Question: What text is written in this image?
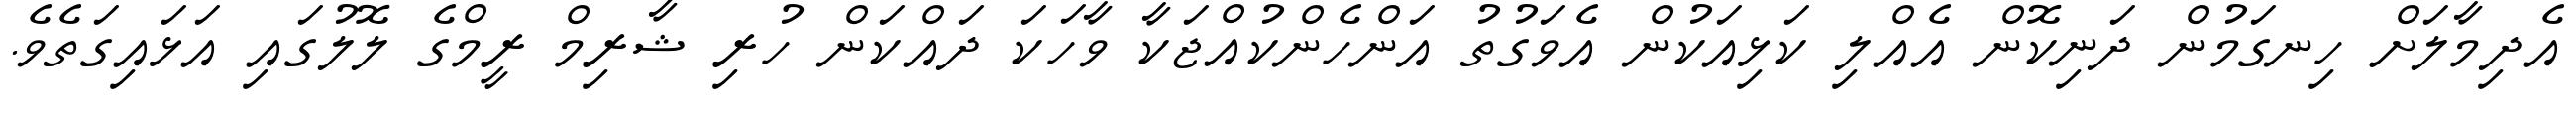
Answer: އެދިމާލަށް ހިނގަމުން ދަނިކޮން އެއްލި ކަޅިއަކުން އެވަގުތު އަންހެންކުއްޖަކާ ވާހަކަ ދައްކަން ހުރި ޝާރިމް ރީމްގެ ލޮލުގައި އަޅައިގަތެވެ.